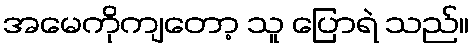
အမေကိုကျတော့ သူ ပြောရဲ သည်။